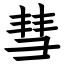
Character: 彗